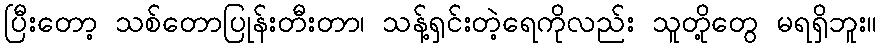
ပြီးတော့ သစ်တောပြုန်းတီးတာ၊ သန့်ရှင်းတဲ့ရေကိုလည်း သူတို့တွေ မရရှိဘူး။